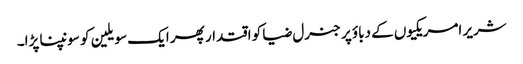
شریر امریکیوں کے دباؤ پر جنرل ضیا کو اقتدار پھر ایک سویلین کو سونپنا پڑا۔